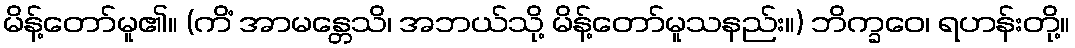
မိန့်တော်မူ၏။ (ကိံ အာမန္တေသိ၊ အဘယ်သို့ မိန့်တော်မူသနည်း။) ဘိက္ခဝေ၊ ရဟန်းတို့။